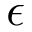
\epsilon